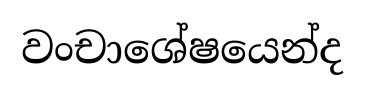
වංචාශේෂයෙන්ද